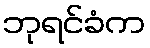
ဘုရင်ခံက